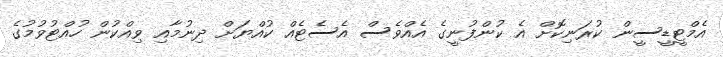
އެމްޓީޑީސީން ކުރަނިކޮށް އެ ކުންފުނީގެ އެއްވެސް އެސެޓެއް ކުއްޔަށް ދިނުމާއި ވިއްކުން ހުއްޓުވުމުގެ